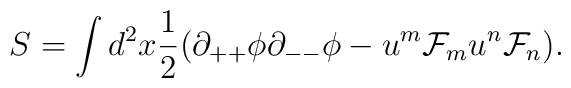
S=\int d^2x{1\over 2}(\partial_{++}\phi\partial_{--}\phi-u^m{\cal F}_mu^n{\cal F}_n).